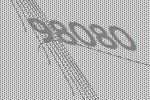
98080